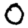
Digit: 0